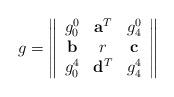
LaTeX: \begin{align*}g=\left\|\begin{array}{ccc}g_0^0&{\bf a}^T&g_4^0\\{\bf b}&r&{\bf c}\\g_0^4&{\bf d}^T&g_4^4\end{array}\right\|\ \end{align*}